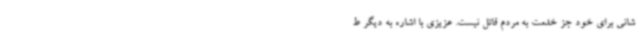
شانی برای خود جز خدمت به مردم قائل نیست. عزیزی با اشاره به دیگر ط